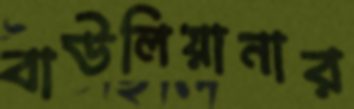
বাউলিয়ানার